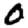
Digit: 0